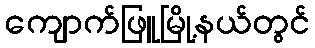
ကျောက်ဖြူမြို့နယ်တွင်